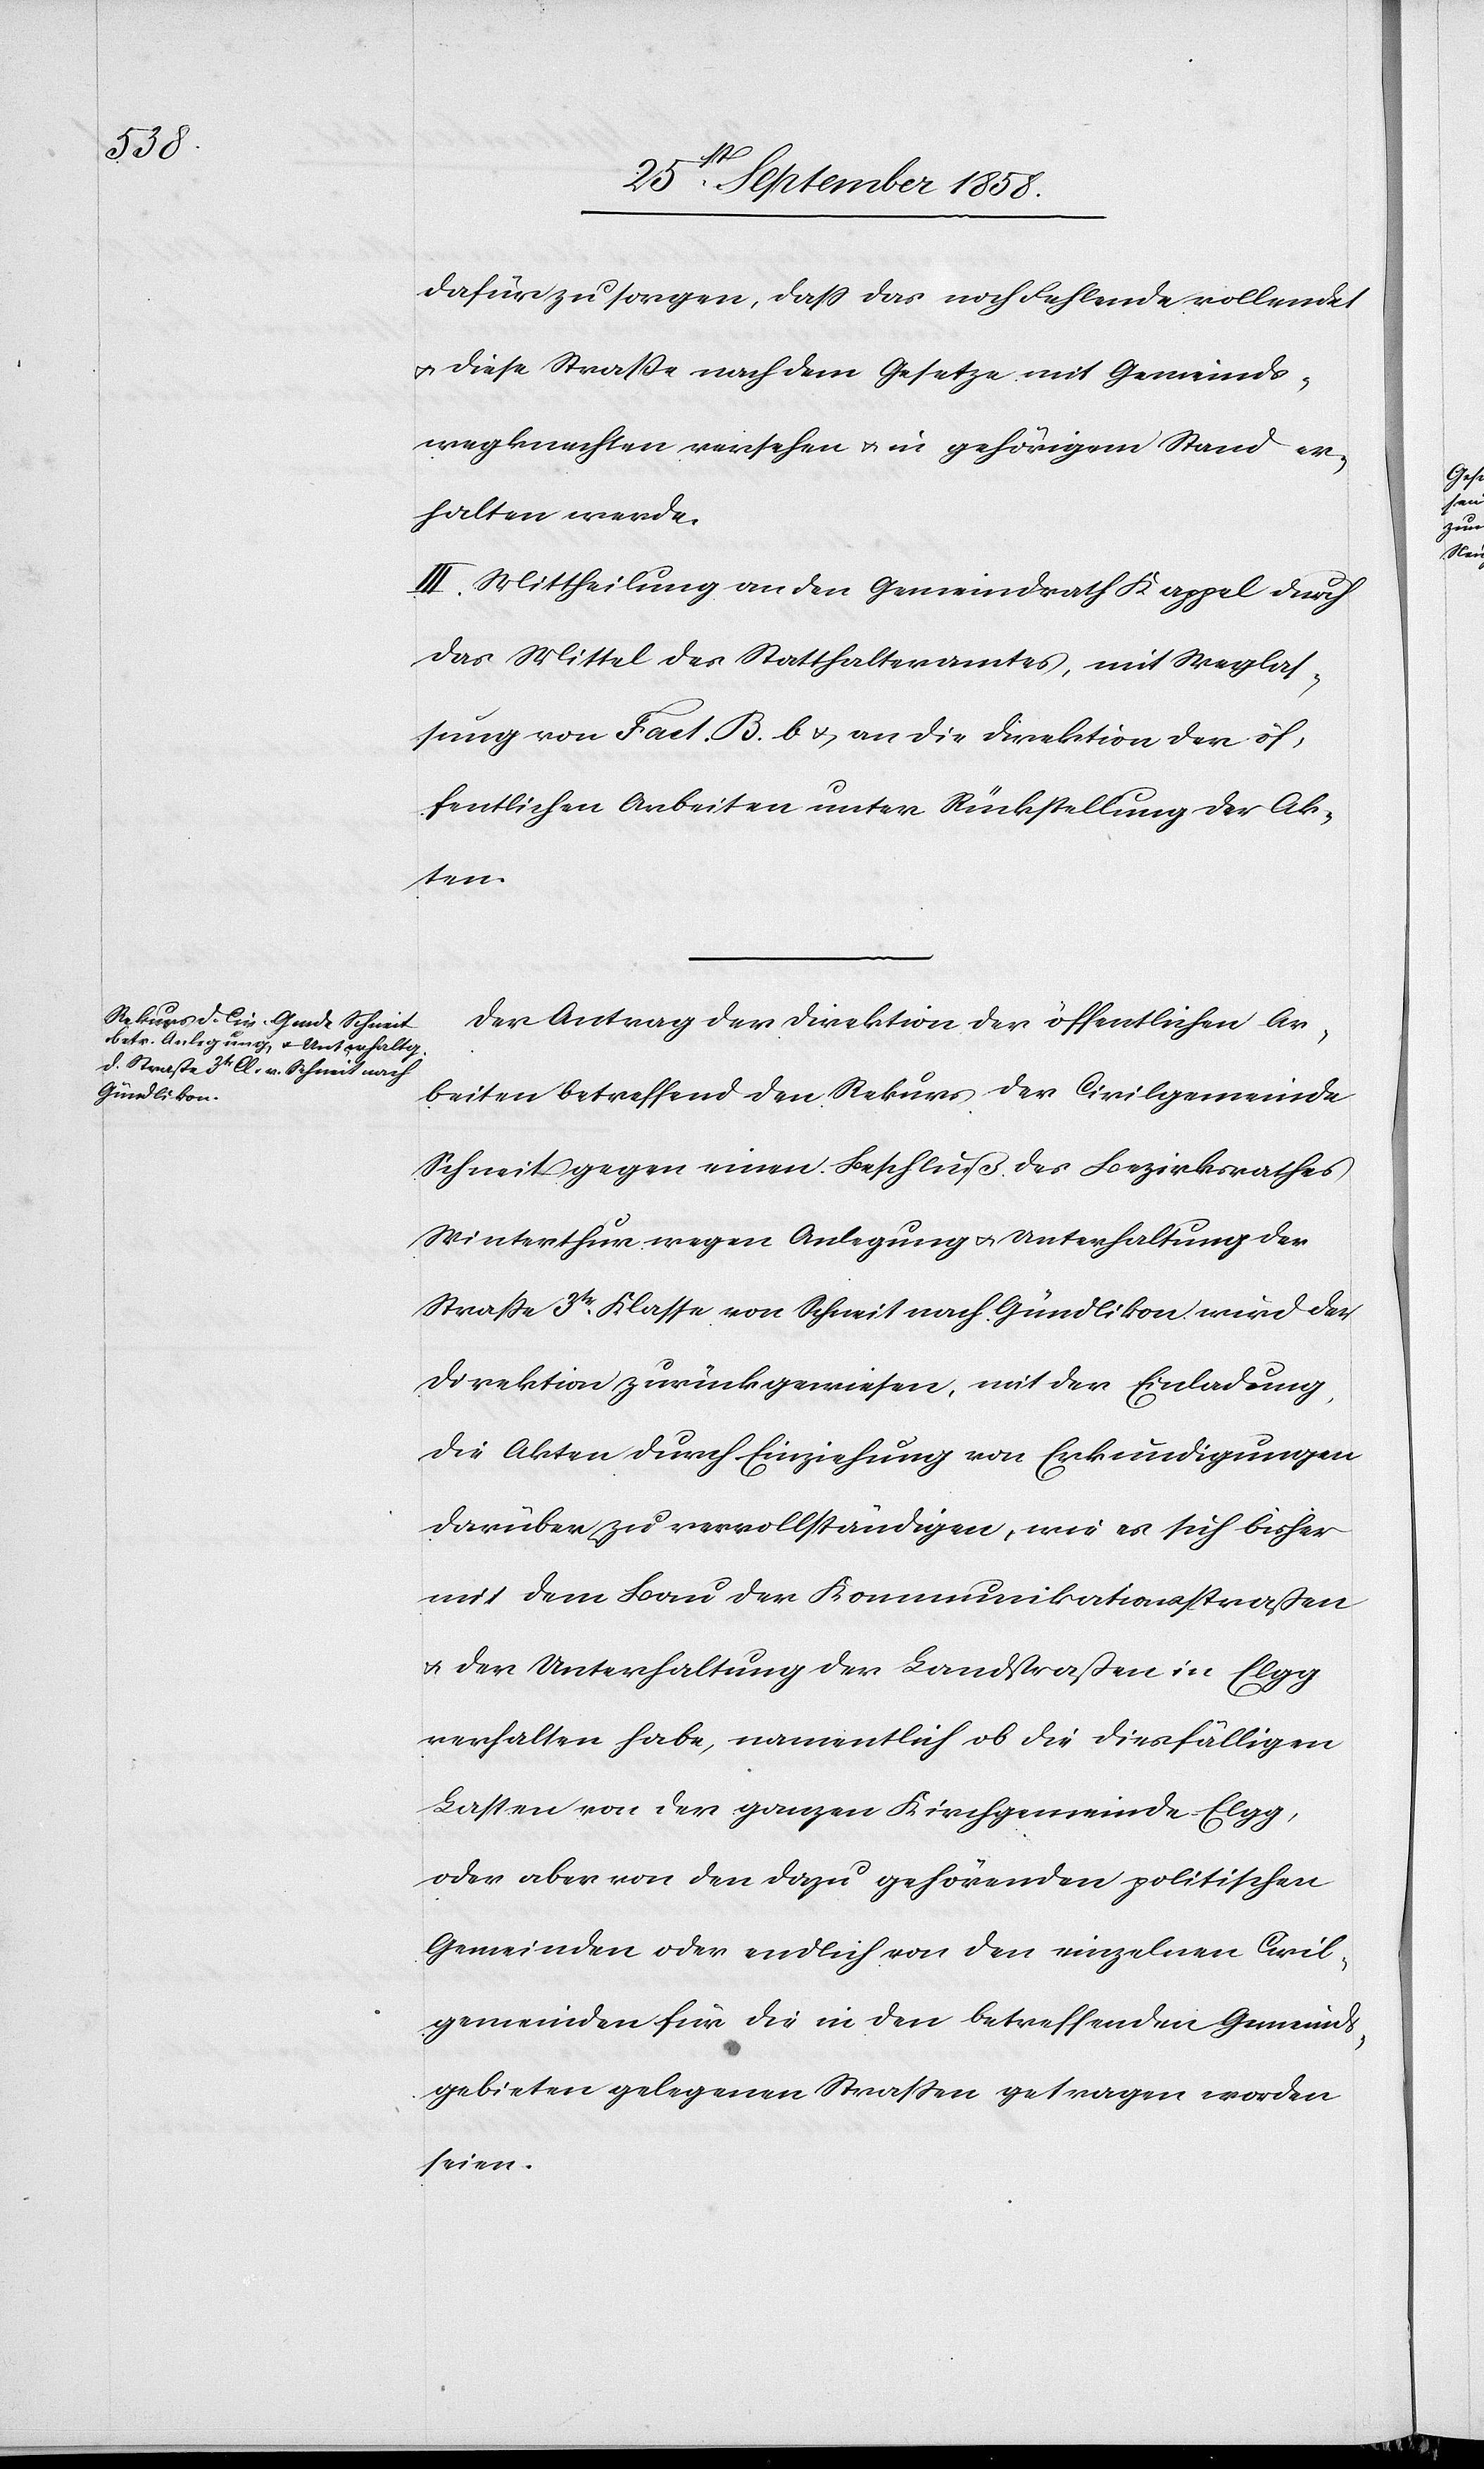
dafür zu sorgen, dass das noch Fehlende vollendet
& diese Straße nach dem Gesetze mit Gemeinds¬
wegknechten versehen & in gehörigem Stand er¬
halten werde.
III. Mittheilung an den Gemeindrath Kappel durch
das Mittel des Statthalteramtes, mit Weglas¬
sung von Fact. B. b & an die Direktion der öf¬
fentlichen Arbeiten unter Rückstellung der Ak¬
ten.
Der Antrag der Direktion der öffentlichen Ar¬
beiten betreffend den Rekurs der Civilgemeinde
Schneit gegen einen Beschluß des Bezirksrathes
Winterthur wegen Anlegung & Unterhaltung der
Straße 3tr. Klasse von Schneit nach Gündlikon wird der
Direktion zurückgewiesen, mit der Einladung,
die Akten durch Einziehung von Erkundigungen
darüber zu vervollständigen, wie es sich bisher
mit dem Bau der Kommunikationsstraßen
& der Unterhaltung der Landstraßen in Elgg
verhalten habe, namentlich ob die diesfälligen
Lasten von der ganzen Kirchgemeinde Elgg,
oder aber von den dazu gehörenden politischen
Gemeinden oder endlich von den einzelnen Civil¬
gemeinden für die in den betreffenden Gemeinds¬
gebieten gelegenen Strassen getragen worden
seien.